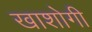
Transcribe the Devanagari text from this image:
खाशोगी